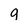
Character: q